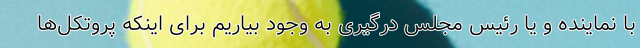
با نماینده و یا رئیس مجلس درگیری به وجود بیاریم برای اینکه پروتکل‌ها